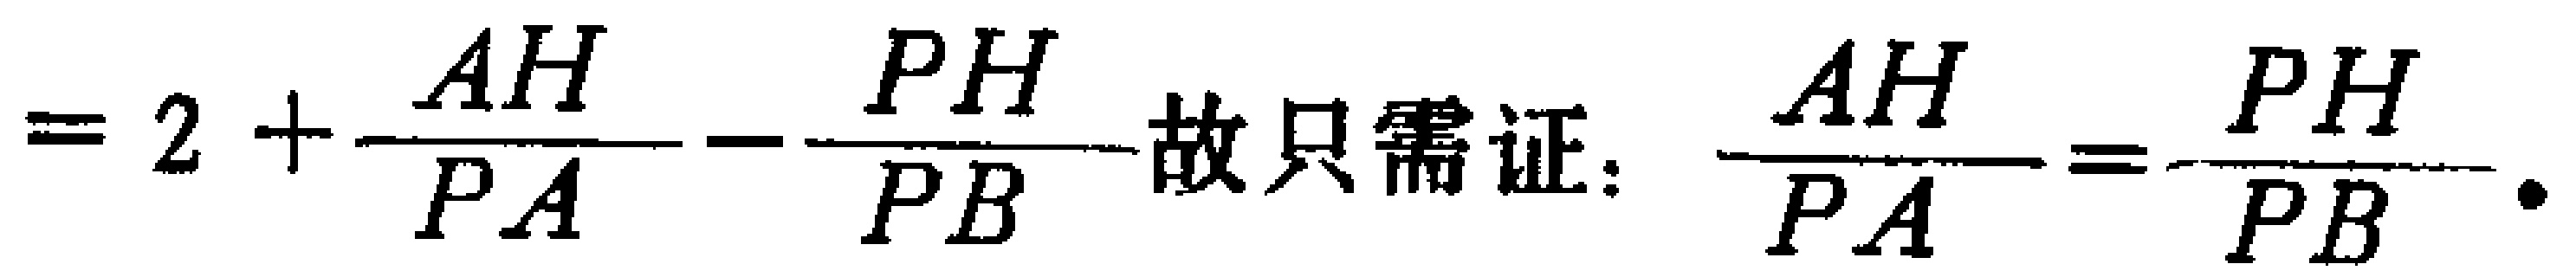
$=2+\frac{AH}{PA}-\frac{PH}{PB}故只需证：\frac{AH}{PA}=\frac{PH}{PB}.$